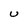
Character: U